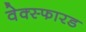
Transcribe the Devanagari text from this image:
वेक्स्फारड